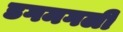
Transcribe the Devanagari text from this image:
डगमगली